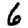
Digit: 6